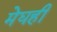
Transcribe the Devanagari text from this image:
मेघही